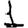
Digit: 1